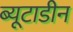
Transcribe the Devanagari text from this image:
ब्यूटाडीन